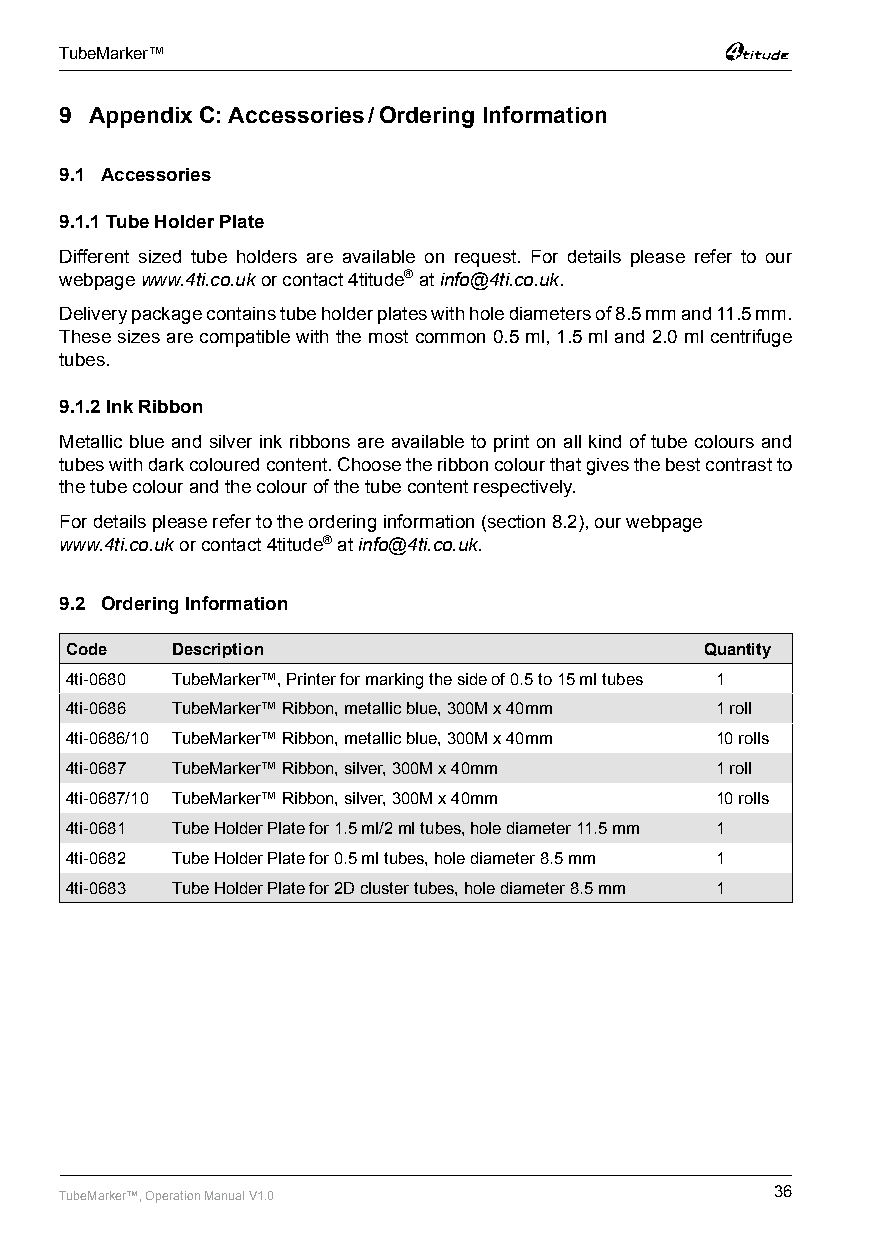
TubeMarker™
 9 Appendix C: Accessories / Ordering Information
 9.1 Accessories
 9.1.1 Tube Holder Plate
 Different sized tube holders are available on request. For details please refer to our
 webpage www.4ti.co.uk or contact 4titude® at info@4ti.co.uk.
 Delivery package contains tube holder plates with hole diameters of 8.5 mm and 11.5 mm.
 These sizes are compatible with the most common 0.5 ml, 1.5 ml and 2.0 ml centrifuge
 tubes.
 9.1.2 Ink Ribbon
 Metallic blue and silver ink ribbons are available to print on all kind of tube colours and
 tubes with dark coloured content. Choose the ribbon colour that gives the best contrast to
 the tube colour and the colour of the tube content respectively.
 For details please refer to the ordering information (section 8.2), our webpage
 www.4ti.co.uk or contact 4titude® at info@4ti.co.uk.
 9.2 Ordering Information
 Code   Description                         Quantity
 4ti-0680 TubeMarker™, Printer for marking the side of 0.5 to 15 ml tubes 1
 4ti-0686 TubeMarker™ Ribbon, metallic blue, 300M x 40mm 1 roll
 4ti-0686/10 TubeMarker™ Ribbon, metallic blue, 300M x 40mm 10 rolls
 4ti-0687 TubeMarker™ Ribbon, silver, 300M x 40mm 1 roll
 4ti-0687/10 TubeMarker™ Ribbon, silver, 300M x 40mm 10 rolls
 4ti-0681 Tube Holder Plate for 1.5 ml/2 ml tubes, hole diameter 11.5 mm 1
 4ti-0682 Tube Holder Plate for 0.5 ml tubes, hole diameter 8.5 mm 1
 4ti-0683 Tube Holder Plate for 2D cluster tubes, hole diameter 8.5 mm 1
 TubeMarker™, Operation Manual V1.0             36